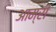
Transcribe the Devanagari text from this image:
आम्री